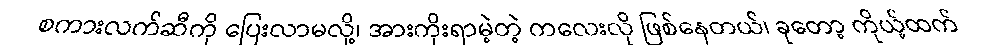
စကားလက်ဆီကို ပြေးလာမလို့၊ အားကိုးရာမဲ့တဲ့ ကလေးလို ဖြစ်နေတယ်၊ ခုတော့ ကိုယ့်ထက်